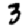
Digit: 3